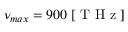
\nu _ { m a x } = 9 0 0 \; [ \mathrm { ~ T ~ H ~ z ~ } ]